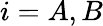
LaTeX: i=A,B